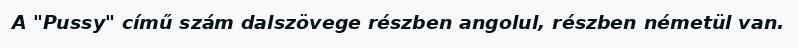
A "Pussy" című szám dalszövege részben angolul, részben németül van.